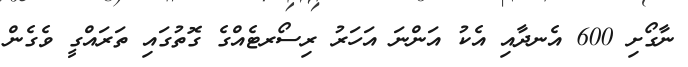
ނާގޯށި 600 އެނދާއި އެކު އަންނަ އަހަރު ރިސޯރޓެއްގެ ގޮތުގައި ތަރައްގީ ވެގެން